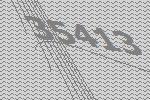
35413